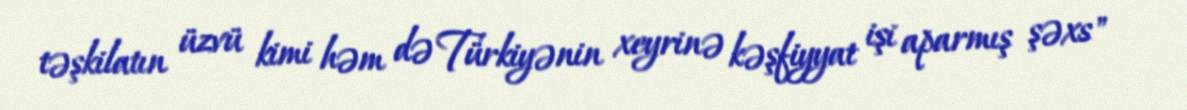
təşkilatın üzvü kimi həm də Türkiyənin xeyrinə kəşfiyyat işi aparmış şəxs"